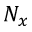
N _ { x }